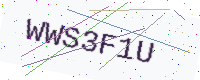
Text: WWS3F1U